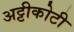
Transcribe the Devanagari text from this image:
अट्टीकोटी